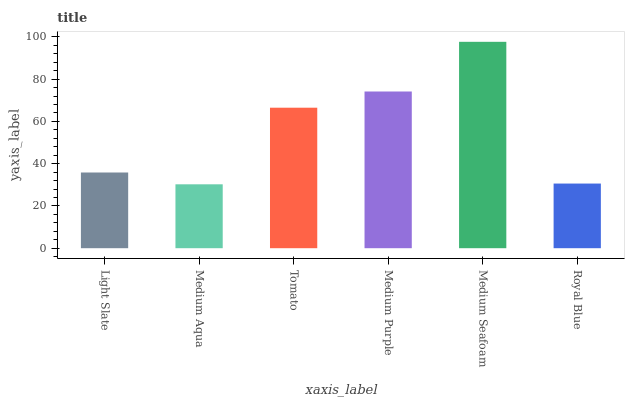
| xaxis_label | bars |
 | --- | --- |
 | Light Slate | 35.8 |
 | Medium Aqua | 30.2 |
 | Tomato | 66.5 |
 | Medium Purple | 74.2 |
 | Medium Seafoam | 97.7 |
 | Royal Blue | 30.6 |